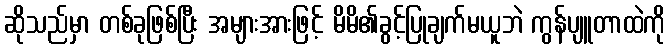
ဆိုသည်မှာ တစ်ခုဖြစ်ပြီး အများအားဖြင့် မိမိ၏ခွင့်ပြုချက်မယူဘဲ ကွန်ပျူတာထဲကို